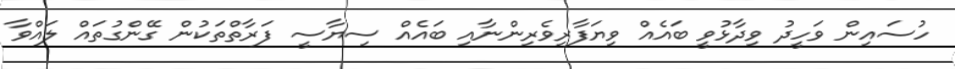
ހުސައިން ވަހީދު ވިދާޅުވީ ބައެއް ވިޔަފާރިވެރިންނާއި ބައެއް ސިޔާސީ ފަރާތްތަކުން ގޭންގުތައް ލައްވާ